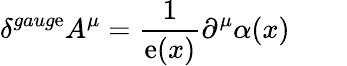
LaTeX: \delta^{gaug\mathrm{e}}A^{\mu}=\frac{1}{{\mathrm{e}(x)}}\partial^{\mu}\alpha(x)\qquad